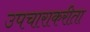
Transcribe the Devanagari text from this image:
उपचाराकरीता